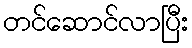
တင်ဆောင်လာပြီး